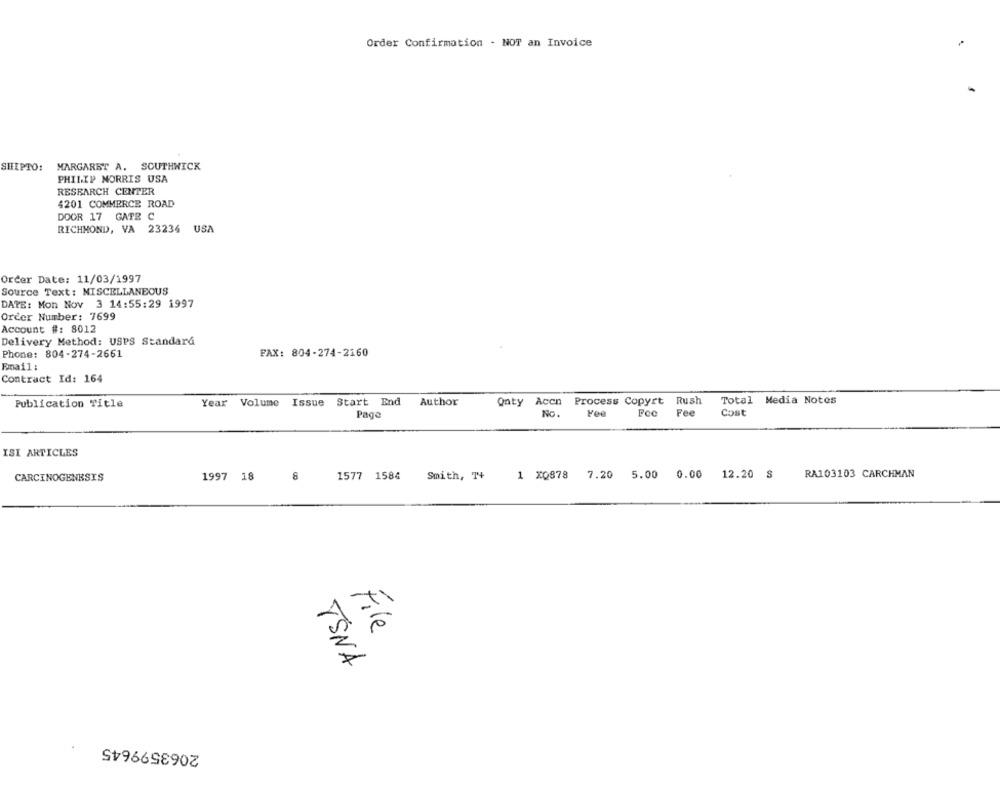
Order Confirmation - NOT an Invoice
MARGARET A. SOUTHWICK
SHIPTO:
PHILIP MORRIS USA
RESEARCH CENTER
4201 COMMERCE ROAD
DOOR 17 GATE C
RICHMOND, VA 23236 USA
Order Date: 11/03/1997
Source Text : MISCELLANEOUS
DATE: Mon Nov 3 14:55:29 1997
Order Number: 7699
Account #: 8012
Delivery Method: USPS Standard
Phone: 804-274-2661
FAX: 804-274-2160
Email:
Contract Id: 164
Year Volume Issue Start End
Author
Qnty Accn Process Copyrt Rush
Total Media Notes
Publication Title
Page
No.
Fee
Cost
ISI ARTICLES
RA103103 CARCHMAN
CARCINOGENESIS
1997 18
8
1577 1584
Smith, 74
1 XQ878 7.20 5.00 0.00 12.20 S
TSNA
2063599645